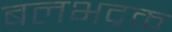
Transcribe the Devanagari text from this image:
बलभद्रक